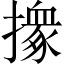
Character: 𢶢